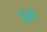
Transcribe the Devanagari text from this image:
तुओ